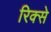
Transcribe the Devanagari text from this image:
रिक्से